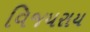
વિજયરાય